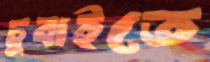
চুবাইতে